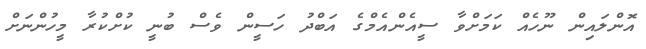
އޮންލައިން ނޫހެއް ކަމަށްވާ ސީއެންއެމްގެ އަބްދު ހަސީން ވެސް ބުނީ ކުށްކުރާ މީހުންނަށް